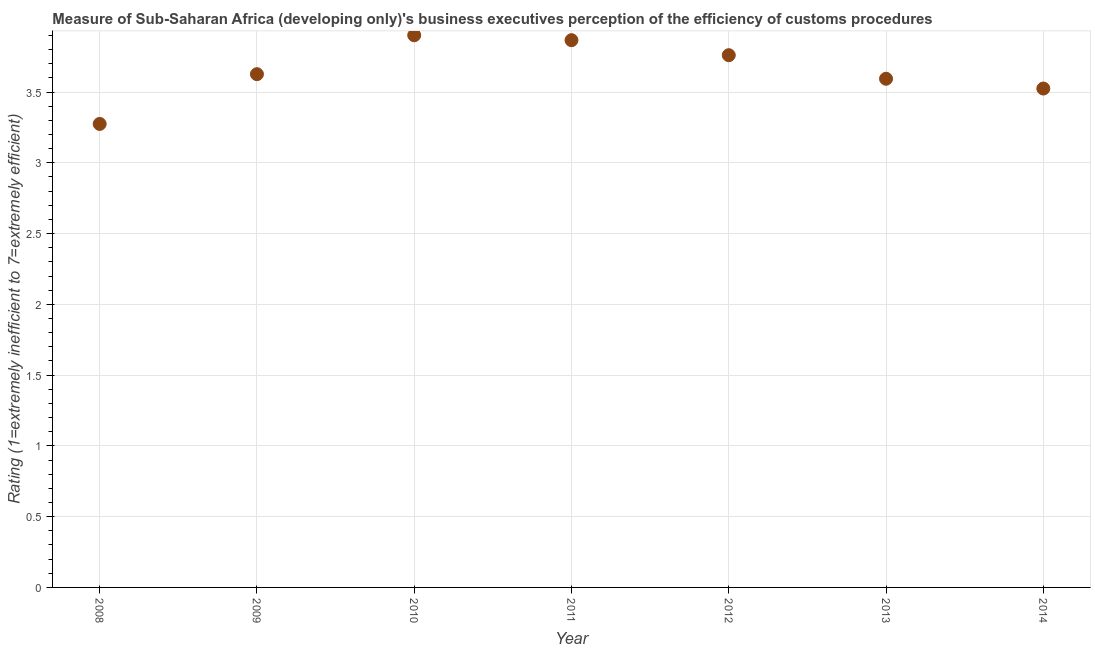
| Year | Burden of customs procedure |
 | --- | --- |
 | 2008 | 3.27 |
 | 2009 | 3.63 |
 | 2010 | 3.9 |
 | 2011 | 3.87 |
 | 2012 | 3.76 |
 | 2013 | 3.59 |
 | 2014 | 3.52 |